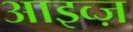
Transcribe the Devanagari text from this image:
आइव्ज़